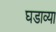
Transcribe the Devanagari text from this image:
घडाव्या